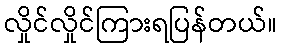
လှိုင်လှိုင်ကြားရပြန်တယ်။